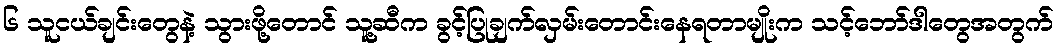
၆ သူငယ်ချင်းတွေနဲ့ သွားဖို့တောင် သူ့ဆီက ခွင့်ပြုချက်လှမ်းတောင်းနေရတာမျိုးက သင့်ဘော်ဒါတွေအတွက်